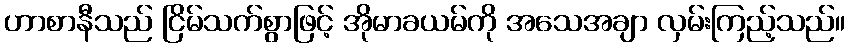
ဟာစာနီသည် ငြိမ်သက်စွာဖြင့် အိုမာခယမ်ကို အသေအချာ လှမ်းကြည့်သည်။